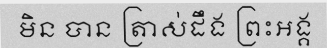
មិន បាន ត្រាស់ដឹង ព្រះអង្គ